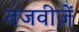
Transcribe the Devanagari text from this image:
तजवीज़ें